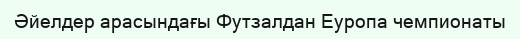
Əйелдер арасындағы Футзалдан Еуропа чемпионаты